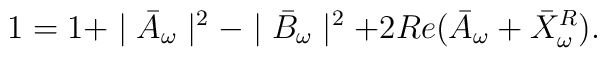
1=1+\mid\bar{A}_\omega\mid^2-\mid\bar{B}_\omega\mid^2+2Re(\bar{A}_\omega+\bar{X}^R_\omega).